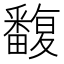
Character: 𤳺